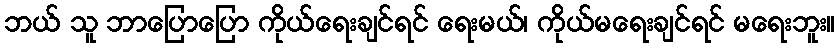
ဘယ် သူ ဘာပြောပြော ကိုယ်ရေးချင်ရင် ရေးမယ်၊ ကိုယ်မရေးချင်ရင် မရေးဘူး။